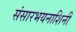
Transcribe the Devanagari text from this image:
संसारभयनाशिनी